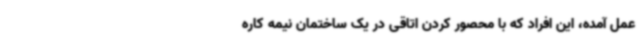
عمل آمده، این افراد که با محصور کردن اتاقی در یک ساختمان نیمه کاره